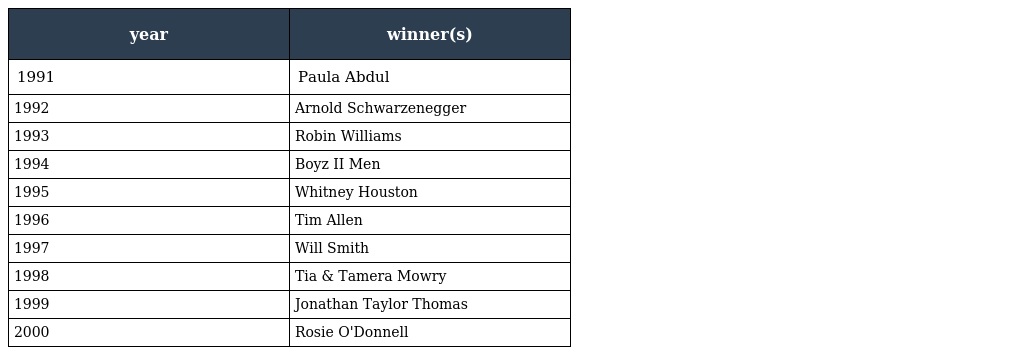
| year | winner(s) |
 | --- | --- |
 | 1991 | Paula Abdul |
 | 1992 | Arnold Schwarzenegger |
 | 1993 | Robin Williams |
 | 1994 | Boyz II Men |
 | 1995 | Whitney Houston |
 | 1996 | Tim Allen |
 | 1997 | Will Smith |
 | 1998 | Tia & Tamera Mowry |
 | 1999 | Jonathan Taylor Thomas |
 | 2000 | Rosie O'Donnell |